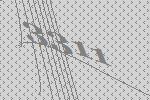
3311